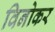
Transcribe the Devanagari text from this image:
विनोकर